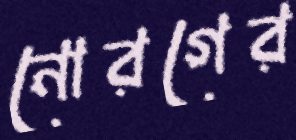
নোরগের